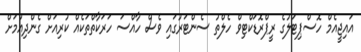
އައިޖީއެމް ހޮސްޕިޓަލުގެ ރީޕްރޮޑަކްޓިވް ހެލްތު ސެންޓަރުގައި ވެސް ހާއްސަ ހަރަކާތްތަކެއް ކުރިއަށް ގެންދިއުމަށް